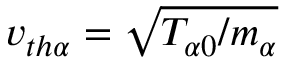
v _ { t h \alpha } = \sqrt { T _ { \alpha 0 } / m _ { \alpha } }